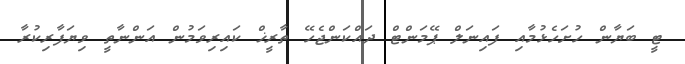
ޓީ ބަޔާން ހުށަހެޅުމާއި ފައިނަލް ޕޭމަންޓް ދައްކަންޖެހޭ ތާރީޚް ކައިރިވަމުން އަންނާތީ ވިޔަފާރިކުރާ